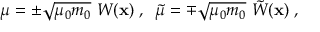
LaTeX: \mu = \pm \sqrt { \mu _ { 0 } m _ { 0 } } ~ W ( { \bf x } ) \; , \; \; \tilde { \mu } = \mp \sqrt { \mu _ { 0 } m _ { 0 } } ~ \tilde { W } ( { \bf x } ) \; ,